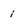
Character: i